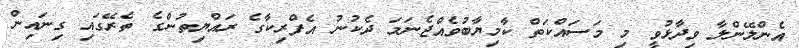
އެންލޭންލާ ވިދާޅުވީ މި މަސައްކަތް ކާމިޔާބުވެއްޖެނަމަ ދެކުނު އެފްރިކާގެ ރައްޔިތުންގެ ތެރޭގައި ގިނައިން